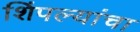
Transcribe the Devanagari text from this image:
शिंपल्यांचा